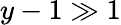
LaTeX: y-1\gg 1